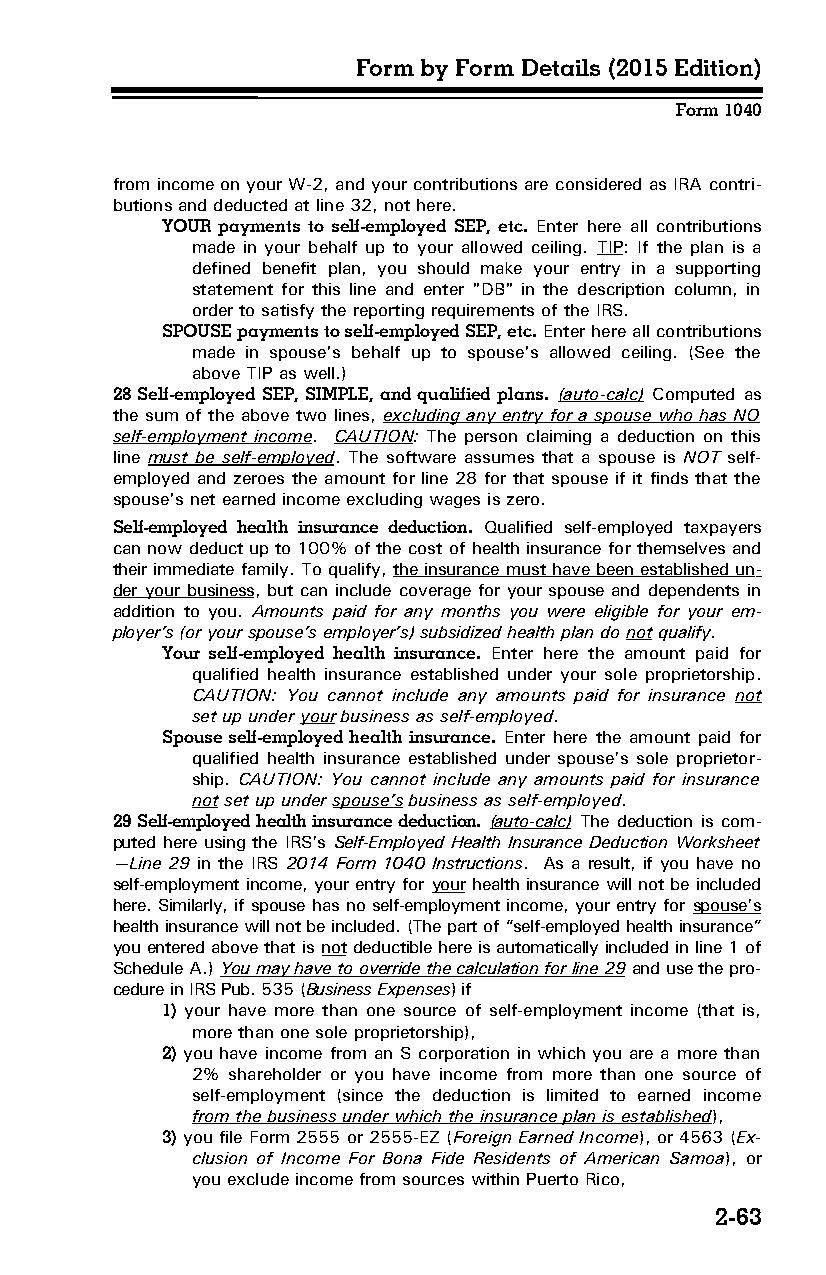
Form by Form Details (2015 Edition)
 Form 1040
 from income on your W-2, and your contributions are considered as IRA contri­
 butions and deducted at line 32, not here.
 YOUR payments to self-employed SEP, etc. Enter here all contributions
 made in your behalf up to your allowed ceiling. TIP: If the plan is a
 defined benefit plan, you should make your entry in a supporting
 statement for this line and enter "DB" in the description column, in
 order to satisfy the reporting requirements of the IRS.
 SPOUSE payments to self-employed SEP, etc. Enter here all contributions
 made in spouse's behalf up to spouse's allowed ceiling. (See the
 above TIP as well.)
 28 Self-employed SEP, SIMPLE, and qualified plans. (auto-calc) Computed as
 the sum of the above two lines, excluding any entry for a spouse who has NO
 self-employment income. CAUTION: The person claiming a deduction on this
 line must be self-employed. The software assumes that a spouse is NOT self-
 employed and zeroes the amount for line 28 for that spouse if it finds that the
 spouse's net earned income excluding wages is zero.
 Self-employed health insurance deduction. Qualified self-employed taxpayers
 can now deduct up to 100% of the cost of health insurance for themselves and
 their immediate family. To qualify, the insurance must have been established un­
 der your business, but can include coverage for your spouse and dependents in
 addition to you. Amounts paid for any months you were eligible for your em­
 ployer’s (or your spouse’s employer’s) subsidized health plan do not qualify.
 Your self-employed health insurance. Enter here the amount paid for
 qualified health insurance established under your sole proprietorship.
 CAUTION: You cannot include any amounts paid for insurance not
 set up under your business as self-employed.
 Spouse self-employed health insurance. Enter here the amount paid for
 qualified health insurance established under spouse’s sole proprietor­
 ship. CAUTION: You cannot include any amounts paid for insurance
 not set up under spouse’s business as self-employed.
 29 Self-employed health insurance deduction. (auto-calc) The deduction is com­
 puted here using the IRS’s Self-Employed Health Insurance Deduction Worksheet
 —Line 29 in the IRS 2014 Form 1040 Instructions. As a result, if you have no
 self-employment income, your entry for your health insurance will not be included
 here. Similarly, if spouse has no self-employment income, your entry for spouse’s
 health insurance will not be included. (The part of “self-employed health insurance”
 you entered above that is not deductible here is automatically included in line 1 of
 Schedule A.) You may have to override the calculation for line 29 and use the pro­
 cedure in IRS Pub. 535 (Business Expenses) if
 1) your have more than one source of self-employment income (that is,
 more than one sole proprietorship),
 2) you have income from an S corporation in which you are a more than
 2% shareholder or you have income from more than one source of
 self-employment (since the deduction is limited to earned income
 from the business under which the insurance plan is established),
 3) you file Form 2555 or 2555-EZ (Foreign Earned Income), or 4563 (Ex­
 clusion of Income For Bona Fide Residents of American Samoa), or
 you exclude income from sources within Puerto Rico,
 2-63